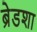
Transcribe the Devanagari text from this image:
ब्रेडशा